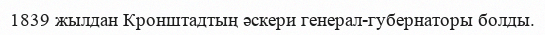
1839 жылдан Кронштадтың әскери генерал-губернаторы болды.